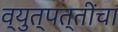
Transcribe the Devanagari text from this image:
व्युत्पत्तींचा